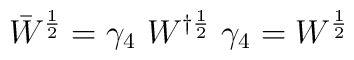
\bar{W}^{\frac{1}{2}}=\gamma_4~W^{\dag\frac{1}{2}}~\gamma_4= W^{\frac{1}{2}}